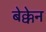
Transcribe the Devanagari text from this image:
बेक्केन